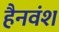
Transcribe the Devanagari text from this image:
हैनवंश